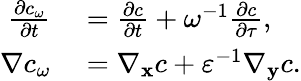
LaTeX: \begin{array}{rl}{\frac{\partial c_{\omega}}{\partial t}}&{{}=\frac{\partial c}{\partial t}+\omega^{-1}\frac{\partial c}{\partial\tau},}\\ {\nabla c_{\omega}}&{{}=\nabla_{\mathbf x}c+\varepsilon^{-1}\nabla_{\mathbf y}c.}\end{array}